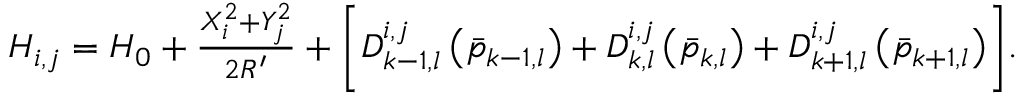
\begin{array} { r } { H _ { i , j } = H _ { 0 } + \frac { X _ { i } ^ { 2 } + Y _ { j } ^ { 2 } } { 2 R ^ { \prime } } + \biggl [ D _ { k - 1 , l } ^ { i , j } \left( \Bar { p } _ { k - 1 , l } \right) + D _ { k , l } ^ { i , j } \left( \Bar { p } _ { k , l } \right) + D _ { k + 1 , l } ^ { i , j } \left( \Bar { p } _ { k + 1 , l } \right) \biggr ] . } \end{array}